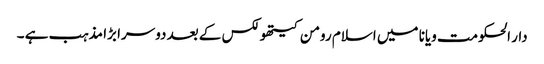
دار الحکومت ویانا میں اسلام رومن کیتھولکس کے بعد دوسرا بڑا مذہب ہے ۔